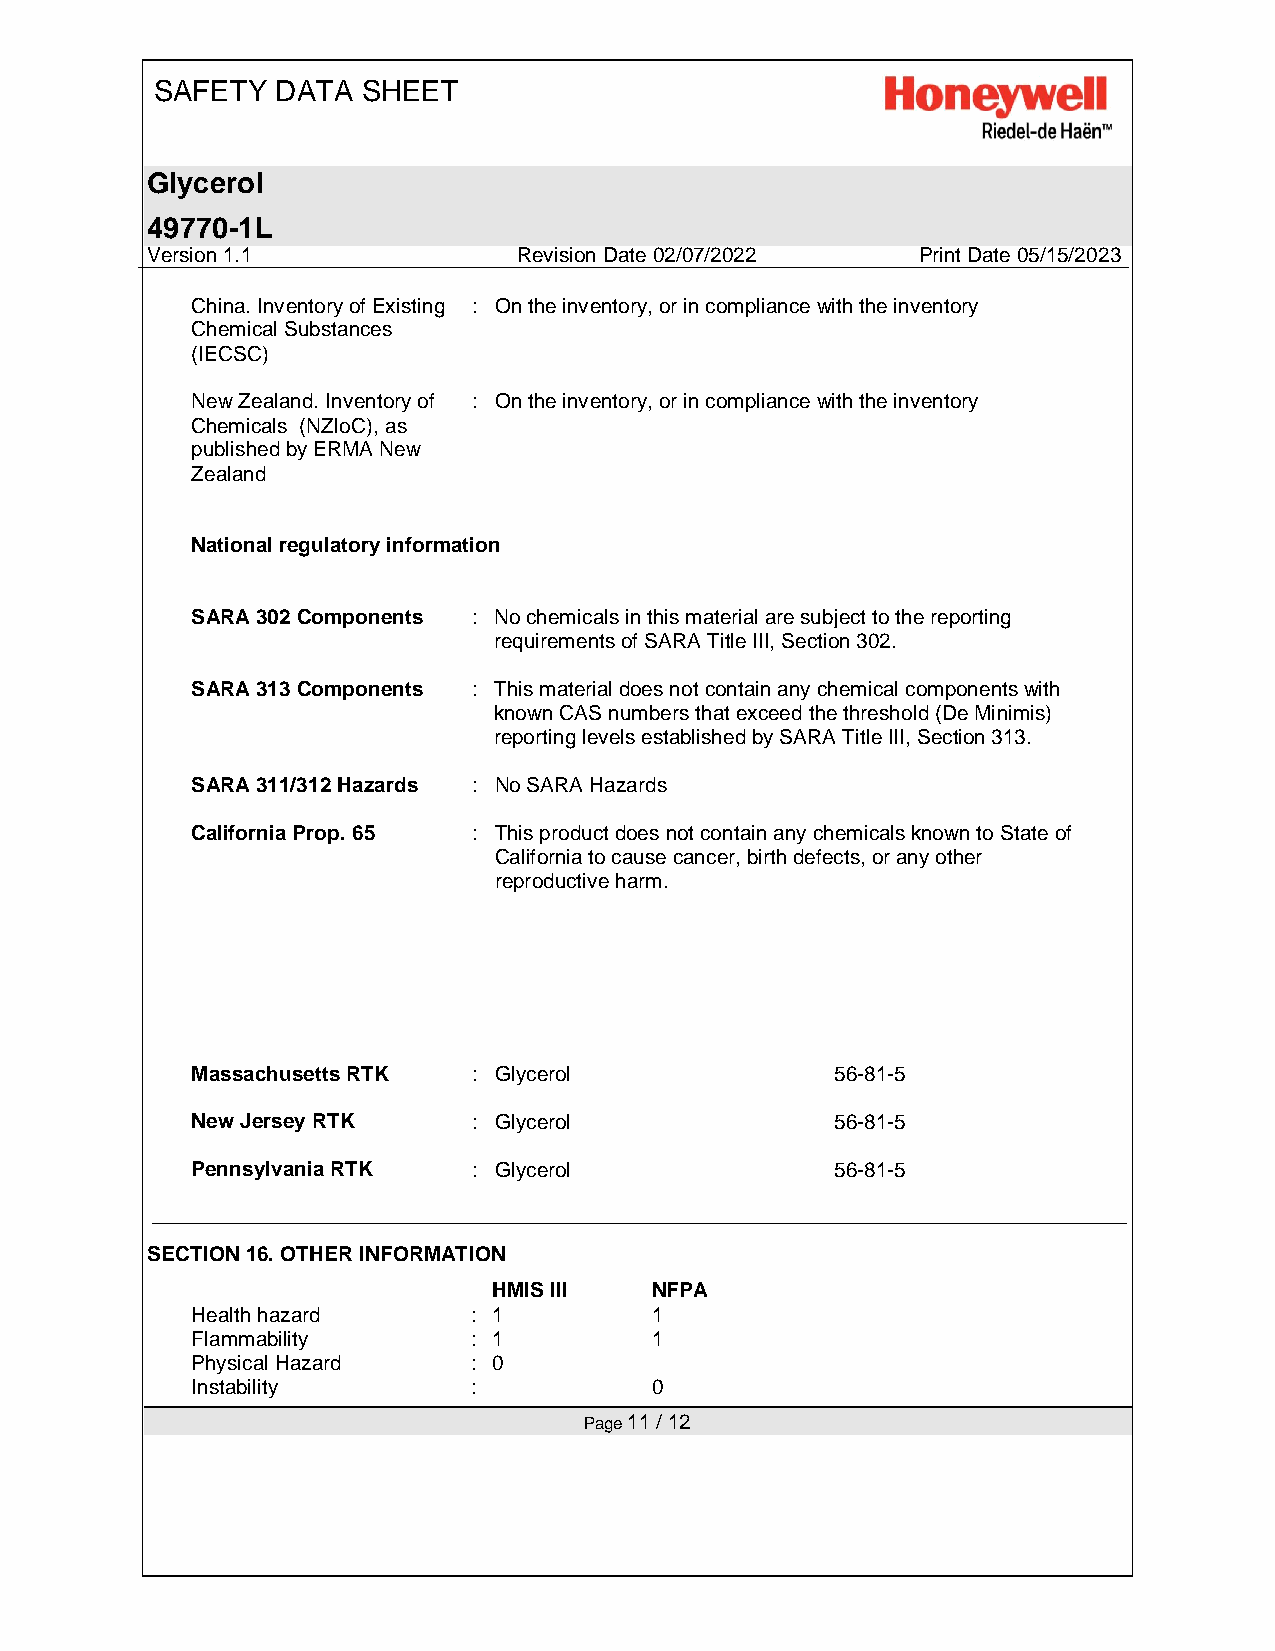
SAFETY  DATA  SHEET
 Glycerol
 49770-1L
 Version 1.1             Revision Date 02/07/2022   Print Date 05/15/2023
 China. Inventory of Existing : On the inventory, or in compliance with the inventory
 Chemical Substances
 (IECSC)
 New Zealand. Inventory of : On the inventory, or in compliance with the inventory
 Chemicals (NZIoC), as
 published by ERMA New
 Zealand
 National regulatory information
 SARA 302 Components : No chemicals in this material are subject to the reporting
 requirements of SARA Title III, Section 302.
 SARA 313 Components : This material does not contain any chemical components with
 known CAS numbers that exceed the threshold (De Minimis)
 reporting levels established by SARA Title III, Section 313.
 SARA 311/312 Hazards : No SARA Hazards
 California Prop. 65 : This product does not contain any chemicals known to State of
 California to cause cancer, birth defects, or any other
 reproductive harm.
 Massachusetts RTK : Glycerol              56-81-5
 New Jersey RTK    : Glycerol              56-81-5
 Pennsylvania RTK  : Glycerol              56-81-5
 SECTION 16. OTHER INFORMATION
 HMIS III  NFPA
 Health hazard     : 1         1
 Flammability      : 1         1
 Physical Hazard   : 0
 Instability       :           0
 Page 11 / 12